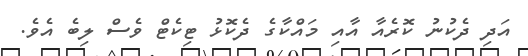
އަދި ދެކުނު ކޮރެއާ އާއި މައްކާގެ ދެކޮޅު ޓިކެޓް ވެސް ލިބެ އެވެ.